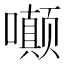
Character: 𫬟